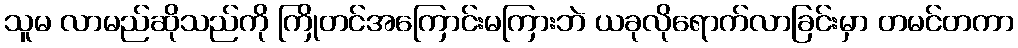
သူမ လာမည်ဆိုသည်ကို ကြိုတင်အကြောင်းမကြားဘဲ ယခုလိုရောက်လာခြင်းမှာ တမင်တကာ